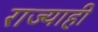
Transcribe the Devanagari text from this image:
राज्याही